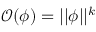
\mathcal { O } ( \phi ) = | | \phi | | ^ { k }